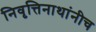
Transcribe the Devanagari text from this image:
निवृत्तिनाथांनीच